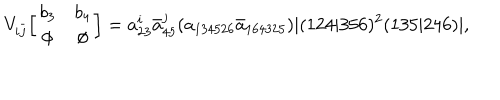
V _ { i \bar { j } } \Big [ \begin{array} { c c } { { b _ { 3 } } } & { { b _ { 4 } } } \\ { { \emptyset } } & { { \emptyset } } \\ \end{array} \Big ] = a _ { 2 3 } ^ { i } \bar { a } _ { 4 5 } ^ { j } ( a _ { 1 3 4 5 2 6 } \bar { a } _ { 1 6 4 3 2 5 } ) | ( 1 2 4 | 3 5 6 ) ^ { 2 } ( 1 3 5 | 2 4 6 ) | ,